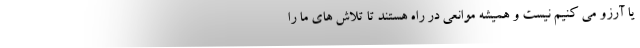
یا آرزو می کنیم نیست و همیشه موانعی در راه هستند تا تلاش های ما را